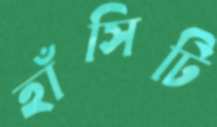
হাঁসিটি